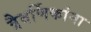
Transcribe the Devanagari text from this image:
त्रैवर्णिकांना